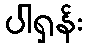
ပါရှန်း